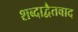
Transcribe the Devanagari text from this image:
शब्दाद्वैतवाद